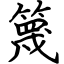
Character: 篾